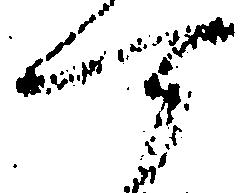
可